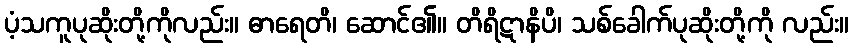
ပံ့သကူပုဆိုးတို့ကိုလည်း။ ဓာရေတိ၊ ဆောင်၏။ တိရိဋာနိပိ၊ သစ်ခေါက်ပုဆိုးတို့ကို လည်း။